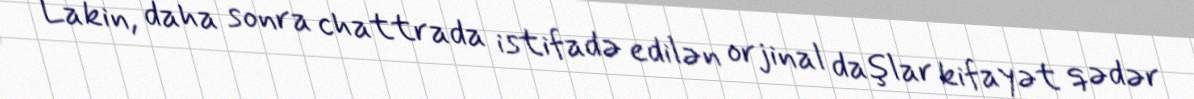
Lakin, daha sonra chattrada istifadə edilən orjinal daşlar kifayət qədər